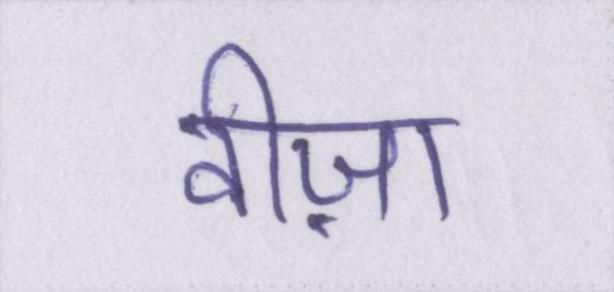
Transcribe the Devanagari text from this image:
वीज़ा